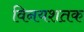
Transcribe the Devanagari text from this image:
विनयशतक